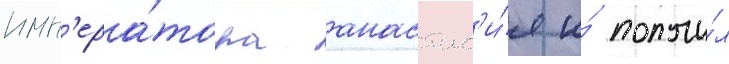
имп'ера́тора анастас'и́я и́ получи́л